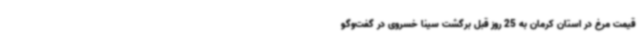
قیمت مرغ در استان کرمان به 25 روز قبل برگشت سینا خسروی در گفت‌وگو